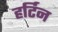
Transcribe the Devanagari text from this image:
हर्टिन